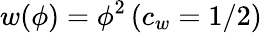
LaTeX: w(\phi)=\phi^{2}\, (c_{w}=1/2)